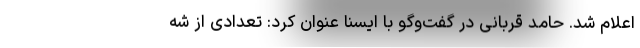
اعلام شد. حامد قربانی در گفت‌وگو با ایسنا عنوان کرد: تعدادی از شه